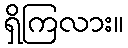
ရှိကြလား။